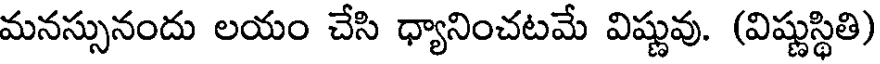
మనస్సునందు లయం చేసి ధ్యానించటమే విష్ణువు. (విష్ణుస్థితి)